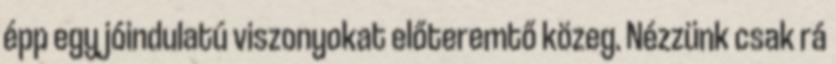
épp egy jóindulatú viszonyokat előteremtő közeg. Nézzünk csak rá